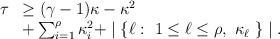
LaTeX: \begin{align*}\begin{array}{rl}\tau & \geq (\gamma -1) \kappa - \kappa^2 \\ & + \sum_{i=1}^{\rho} \kappa_i^2 + \mid \{ \ell :~ 1 \leq \ell \leq \rho ,~ \kappa_{\ell} ~ \} \mid.\end{array}\end{align*}